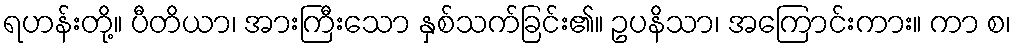
ရဟန်းတို့။ ပီတိယာ၊ အားကြီးသော နှစ်သက်ခြင်း၏။ ဥပနိသာ၊ အကြောင်းကား။ ကာ စ၊